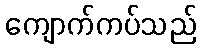
ကျောက်ကပ်သည်